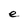
Character: e